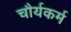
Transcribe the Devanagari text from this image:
चौर्यकर्म